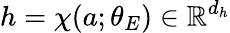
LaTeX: h=\chi(a;\theta_{E})\in\mathbb{R}^{d_{h}}